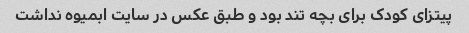
پیتزای کودک برای بچه تند بود و طبق عکس در سایت ابمیوه نداشت